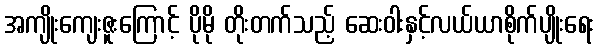
အကျိုးကျေးဇူးကြောင့် ပိုမို တိုးတက်သည့် ဆေးဝါးနှင့်လယ်ယာစိုက်ပျိုးရေး